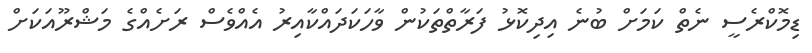
ޑިމޮކްރެސީ ނެތް ކަމަށް ބުނެ އިދިކޮޅު ފަރާތްތަކުން ވާހަކަދައްކާއިރު އެއްވެސް ރަށެއްގެ މަޝްރޫއަކަށް